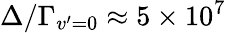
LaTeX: \Delta/\Gamma_{v^{\prime}=0}\approx 5\times 10^{7}